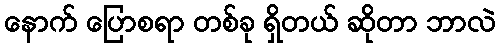
နောက် ပြောစရာ တစ်ခု ရှိတယ် ဆိုတာ ဘာလဲ